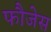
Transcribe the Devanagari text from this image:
फौजेस